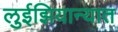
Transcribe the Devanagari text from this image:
लुईझियान्यात